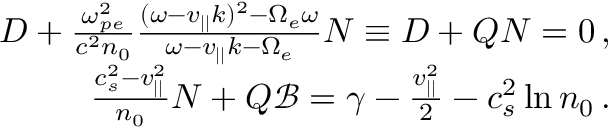
\begin{array} { r } { D + \frac { \omega _ { p e } ^ { 2 } } { c ^ { 2 } n _ { 0 } } \frac { ( \omega - v _ { | | } k ) ^ { 2 } - \Omega _ { e } \omega } { \omega - v _ { | | } k - \Omega _ { e } } N \equiv D + Q N = 0 \, , } \\ { \frac { c _ { s } ^ { 2 } - v _ { | | } ^ { 2 } } { n _ { 0 } } N + Q \mathscr { B } = \gamma - \frac { v _ { | | } ^ { 2 } } { 2 } - c _ { s } ^ { 2 } \ln n _ { 0 } \, . } \end{array}